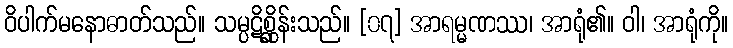
ဝိပါက်မနောဓာတ်သည်။ သမ္ပဋိစ္ဆိုန်းသည်။ [၀၇] အာရမ္မဏဿ၊ အာရုံ၏။ ဝါ၊ အာရုံကို။